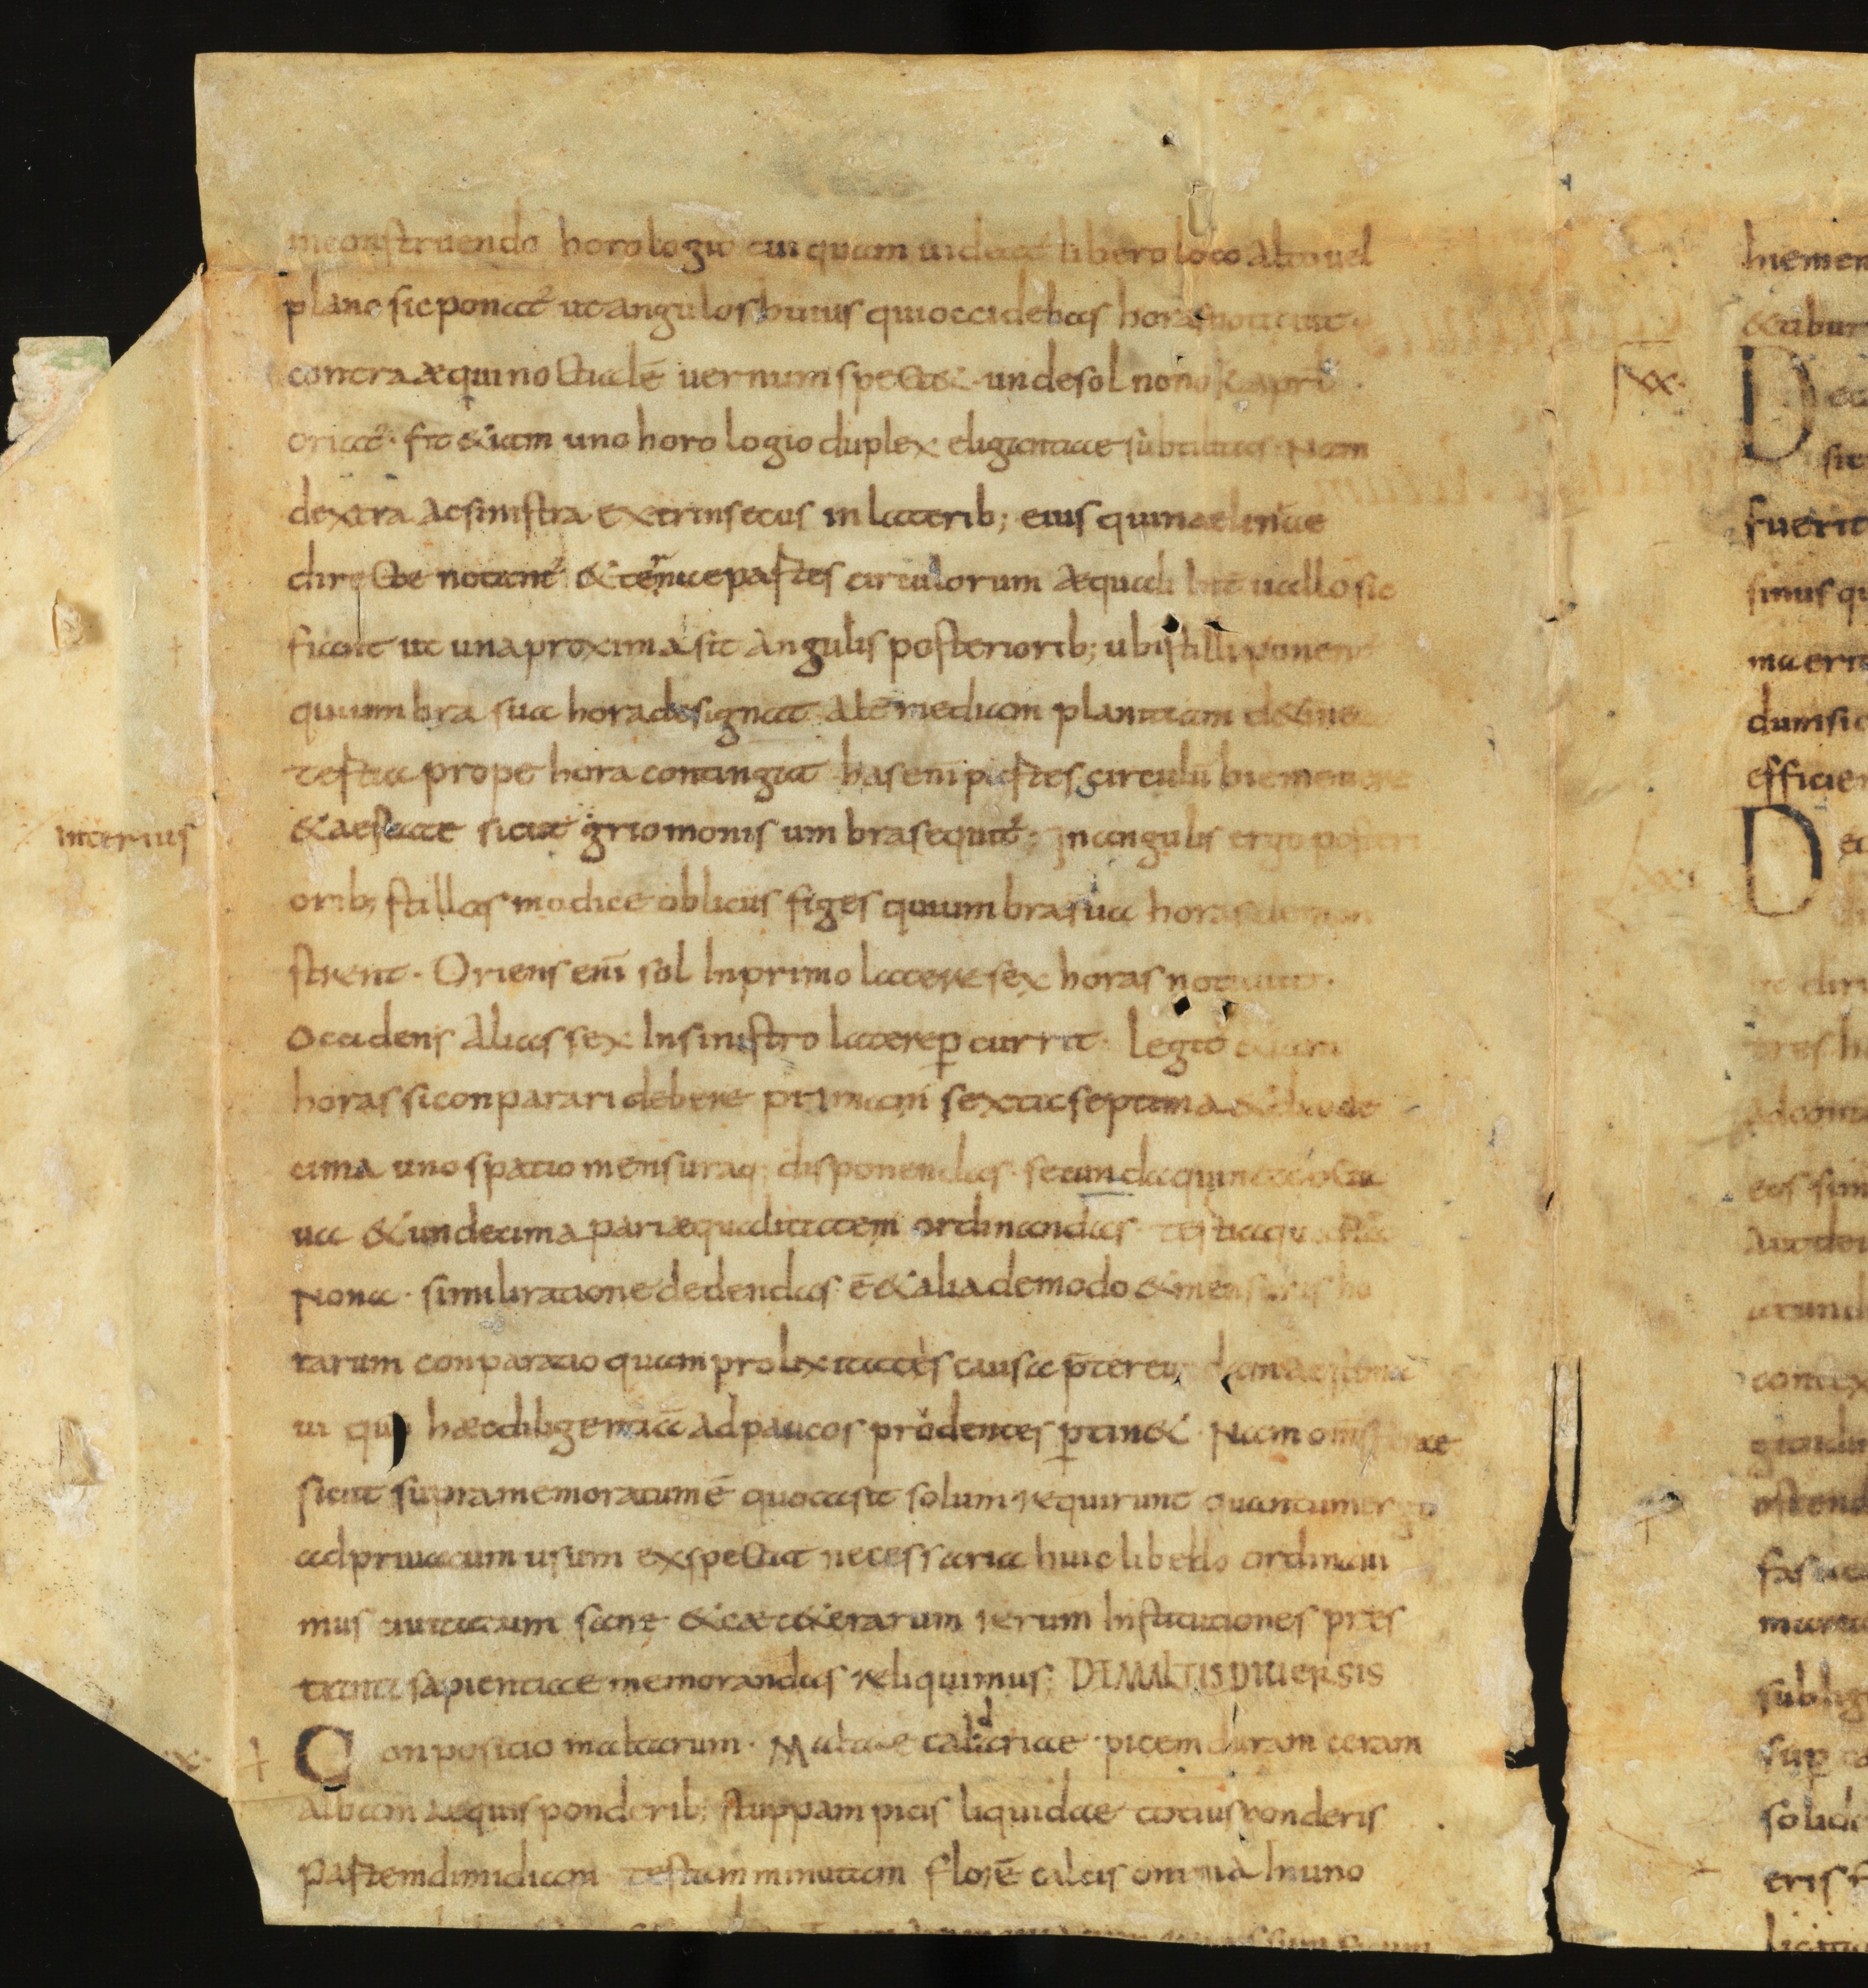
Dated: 835–865